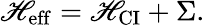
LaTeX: \mathscr{H}_{\mathrm{{{eff}}}}=\mathscr{H}_{\mathrm{{{CI}}}}+\Sigma.